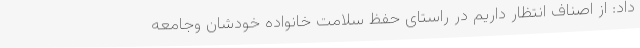
داد: از اصناف انتظار داریم در راستای حفظ سلامت خانواده خودشان وجامعه